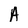
Character: A